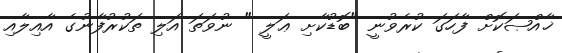
ޚާއްޞަކޮށް ފާހަގަ ކުރެވުނީ "ބޮޑުކާށި ޢަލީ " ނުވަތަ އަލި ތަކުރުފާނުގެ އާއިލާއި